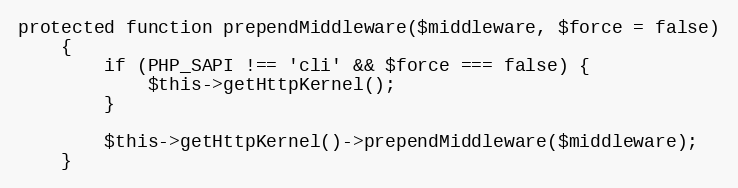
Language: PHP
protected function prependMiddleware($middleware, $force = false)
    {
        if (PHP_SAPI !== 'cli' && $force === false) {
            $this->getHttpKernel();
        }

        $this->getHttpKernel()->prependMiddleware($middleware);
    }